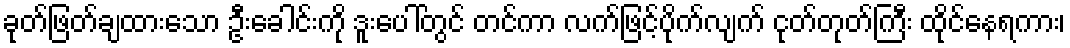
ခုတ်ဖြတ်ချထားသော ဦးခေါင်းကို ဒူးပေါ်တွင် တင်ကာ လက်ဖြင့်ပိုက်လျက် ငုတ်တုတ်ကြီး ထိုင်နေရကား၊